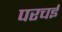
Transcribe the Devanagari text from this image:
परचई